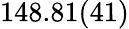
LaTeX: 148.81(41)